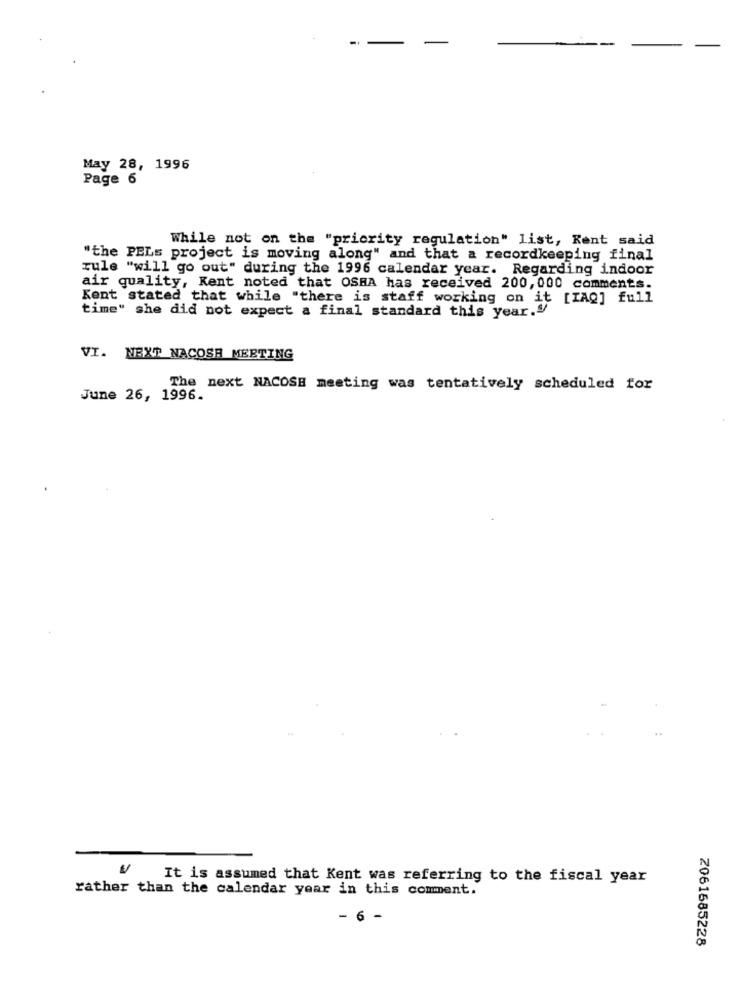
-
May 28, 1996
Page 6
While not on the "priority regulation" list, Kent said
"the PELs project is moving along" and that a recordkeeping final
rule "will go out" during the 1996 calendar year. Regarding indoor
air quality, Kent noted that OSHA has received 200, 000 comments.
Kent stated that while "there is staff working on it [IAQ] full
time" she did not expect a final standard this year.y
VI. NEXT NACOSA MEETING
The next NACOSE meeting was tentatively scheduled for
June 26, 1996.
It is assumed that Kent was referring to the fiscal year
rather than the calendar year in this comment.
- 6 -
Z061685228